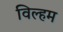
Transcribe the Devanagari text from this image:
विल्हम